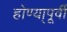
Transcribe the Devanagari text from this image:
होण्या्पूर्वी